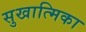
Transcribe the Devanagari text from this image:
सुखात्मिका